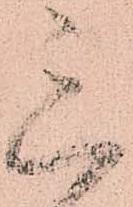
三